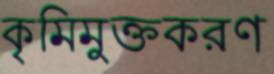
কৃমিমুক্তকরণ